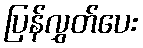
ပြန်လွှတ်ပေး